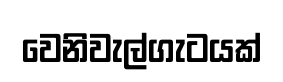
වෙනිවැල්ගැටයක්